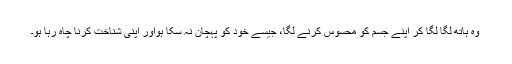
وہ ہاتھ لگا لگا کر اپنے جسم کو محسوس کرنے لگا، جیسے خود کو پہچان نہ سکا ہواور اپنی شناخت کرنا چاہ رہا ہو۔